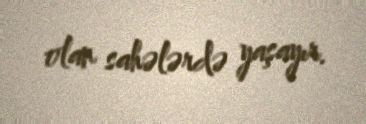
olan sahələrdə yaşayır.